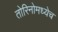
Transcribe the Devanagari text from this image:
तोरिनोमध्येच